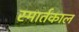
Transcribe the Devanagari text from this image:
स्मार्तकाल